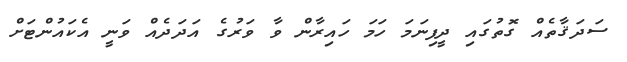
ސަދަޤާތެއް ގޮތުގައި ދީފިނަމަ ހަމަ ހައިރާން ވާ ވަރުގެ އަދަދެއް ވަނީ އެކައުންޓަށް